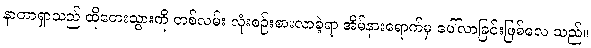
နာတာရှာသည် ထိုတေးသွားကို တစ်လမ်း လုံးစဉ်းစားလာခဲ့ရာ အိမ်နားရောက်မှ ပေါ်လာခြင်းဖြစ်လေ သည်။